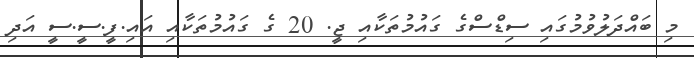
މި ބައްދަލުވުމުގައި ސިޑްސްގެ ގައުމުތަކާއި ޖީ. 20 ގެ ގައުމުތަކާއި އައި.ފީ.ސީ.ސީ އަދި